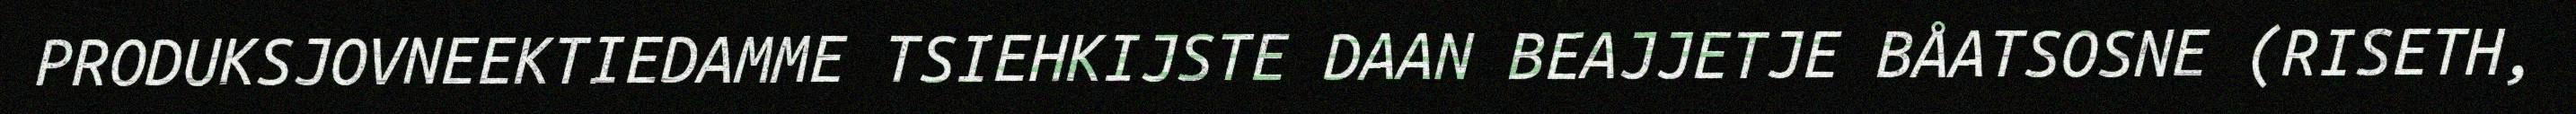
PRODUKSJOVNEEKTIEDAMME TSIEHKIJSTE DAAN BEAJJETJE BÅATSOSNE (RISETH,